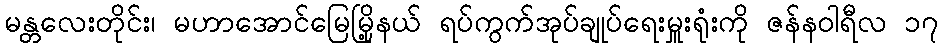
မန္တလေးတိုင်း၊ မဟာအောင်မြေမြို့နယ် ရပ်ကွက်အုပ်ချုပ်ရေးမှူးရုံးကို ဇန်နဝါရီလ ၁၇